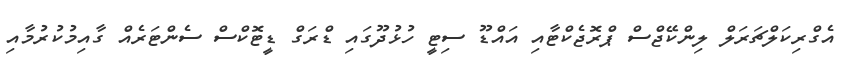
އެގްރިކަލްޗަރަލް ލިންކޭޖްސް ޕްރޮޖެކްޓާއި އައްޑޫ ސިޓީ ހުޅުދޫގައި ޑްރަގް ޑީޓޮކްސް ސެންޓަރެއް ގާއިމުކުރުމާއި